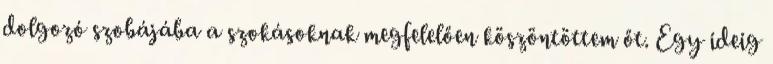
dolgozó szobájába a szokásoknak megfelelően köszöntöttem őt. Egy ideig